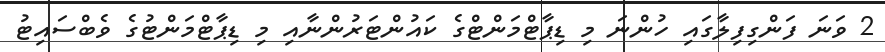
2 ވަނަ ފަންގިފިލާގައި ހުންނަ މި ޑިޕާޓްމަންޓްގެ ކައުންޓަރުންނާއި މި ޑިޕާޓްމަންޓުގެ ވެބްސައިޓު